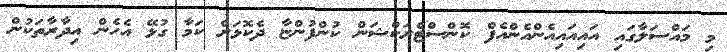
މި މައްސަލާގައި އައިއައިއެންއެންއެފް ކޮންސްޓްރަކްޝަން ކުންފުންޏާ ދެކޮޅަށް ކަމާ ގުޅޭ އެހެން އިދާރާތަކުން